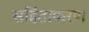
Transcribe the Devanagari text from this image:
सहिंताकरण